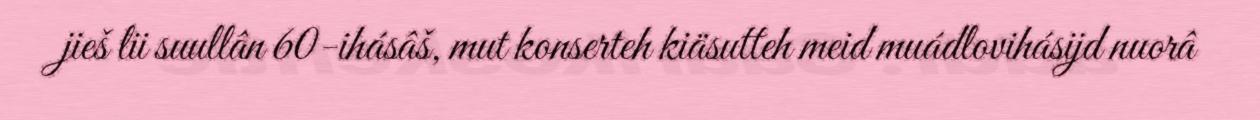
jieš lii suullân 60-ihásâš, mut konserteh kiäsutteh meid muádlovihásijd nuorâ